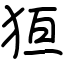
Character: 狟